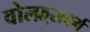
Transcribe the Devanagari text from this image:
वोल्फ़्सबर्ग